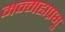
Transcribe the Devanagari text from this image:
मन्महाप्रभु